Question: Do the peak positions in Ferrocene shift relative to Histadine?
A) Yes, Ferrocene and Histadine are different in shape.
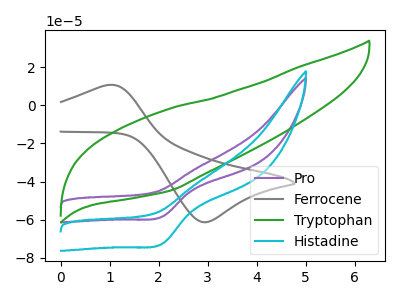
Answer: <think>The purple curve "Pro" has a cathodic peak at: (2.10V, -58.40uA). The gray curve "Ferrocene" has an anodic peak at (0.95V, 10.70uA) and a cathodic peak at (2.90V, -61.45uA). The green curve "Tryptophan" has no peaks. The cyan curve "Histadine" has a cathodic peak at: (2.10V, -72.60uA).
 "Ferrocene" and "Histadine" have a different number of peaks.</think>
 <answer>A) Yes, "Ferrocene" and "Histadine" are different in shape.</answer>
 <eval>A</eval>